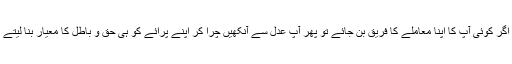
پھر اگر کوئی آپ کا اپنا معاملے کا فریق بن جائے تو پھر آپ عدل سے آنکھیں چرا کر اپنے پرائے کو ہی حق و باطل کا معیار بنا لیتے ہیں۔